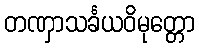
တဏှာသင်္ခယဝိမုတ္တော